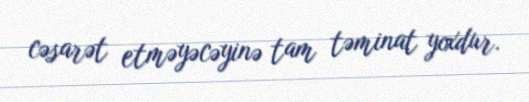
cəsarət etməyəcəyinə tam təminat yoxdur.